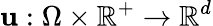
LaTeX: \mathbf{u}:\Omega\times\mathbb{{R}}^{+}\rightarrow\mathbb{{R}}^{d}